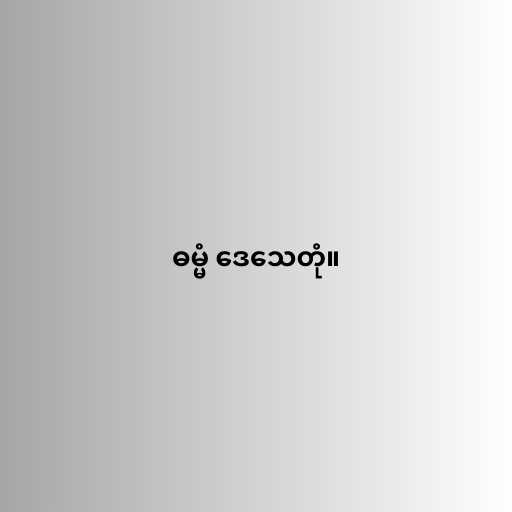
ဓမ္မံ ဒေသေတုံ။